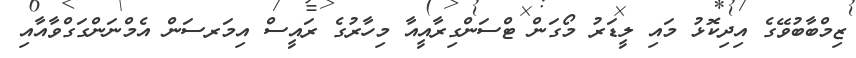
ޒިމްބާބުވޭގެ އިދިކޮޅު މައި ލީޑަރު މޯގަން ޓްސަންގިރާއީއާ މިހާރުގެ ރައީސް އިމަރސަން އެމްނަންގަގްވާއާއި